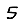
Digit: 5